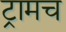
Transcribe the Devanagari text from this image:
ट्रामच